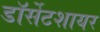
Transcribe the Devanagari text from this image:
डॉर्सेटशायर